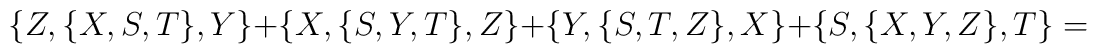
\{Z,\{X,S,T\},Y\}+\{X,\{S,Y,T\},Z\}+\{Y,\{S,T,Z\},X\}+\{S,\{X,Y,Z\},T\}=